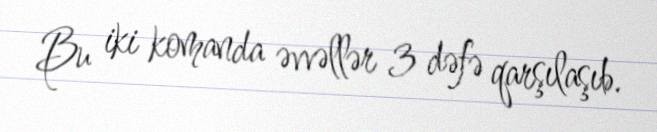
Bu iki komanda əvvəllər 3 dəfə qarşılaşıb.